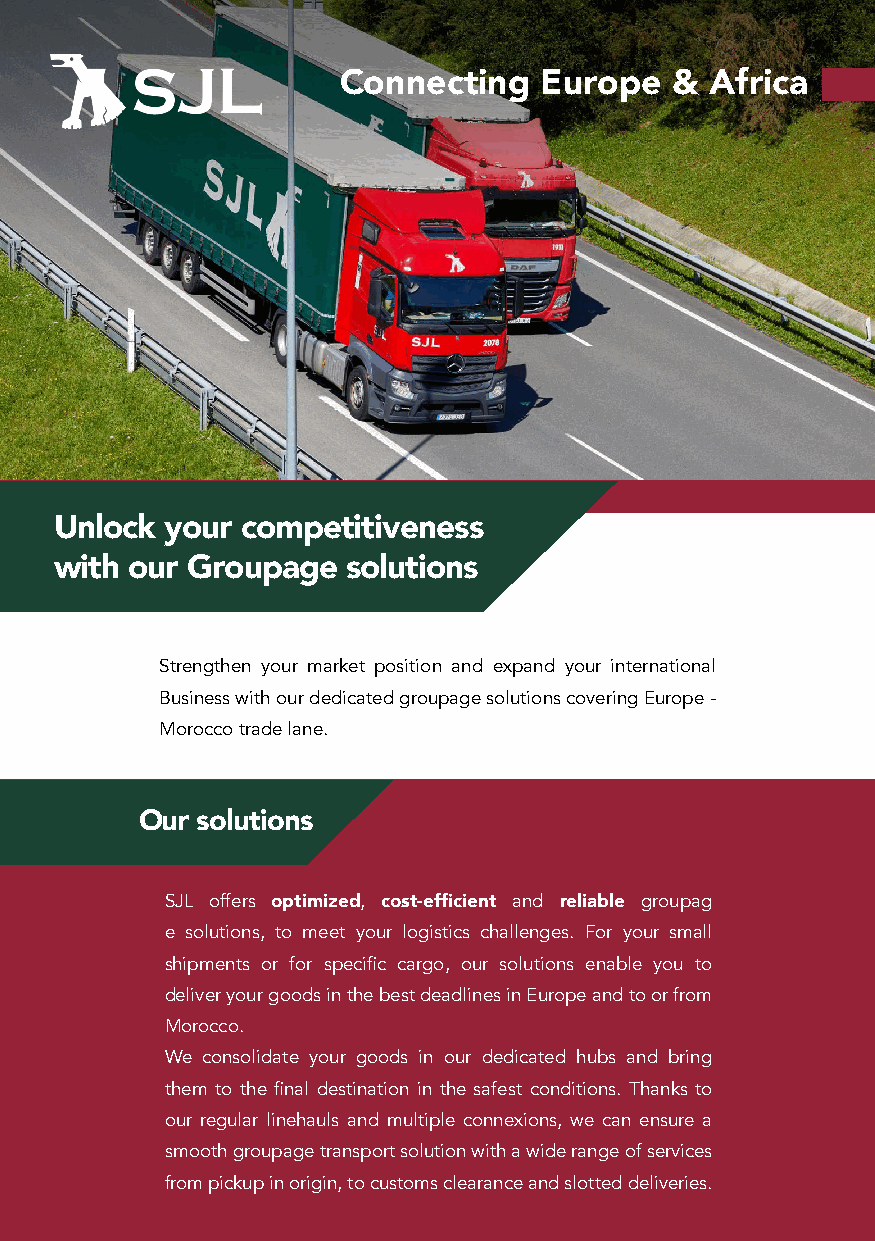
Connecting    Europe  &  Africa
 Unlock your competitiveness
 with our Groupage  solutions
 Strengthen your market position and expand your international
 Business with our dedicated groupage solutions covering Europe -
 Morocco trade lane.
 Our solutions
 SJL offers optimized, cost-efficient and reliable groupag
 e solutions, to meet your logistics challenges. For your small
 shipments or for specific cargo, our solutions enable you to
 deliver your goods in the best deadlines in Europe and to or from
 Morocco.
 We consolidate your goods in our dedicated hubs and bring
 them to the final destination in the safest conditions. Thanks to
 our regular linehauls and multiple connexions, we can ensure a
 smooth groupage transport solution with a wide range of services
 from pickup in origin, to customs clearance and slotted deliveries.